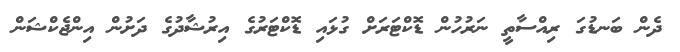
ދެން ބަނޑުގަ ރިއްސާތީ ނަރުހުން ޑޮކްޓަރަށް ގުޅައި ޑޮކްޓަރުގެ އިރުޝާދުގެ ދަށުން އިންޖެކްޝަން